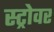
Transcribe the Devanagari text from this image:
स्ट्रोवर